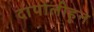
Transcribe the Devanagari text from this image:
दापोलीहून